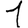
Digit: 1